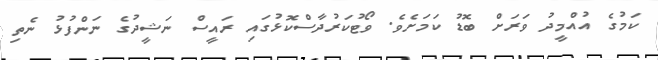
ކަމުގެ އުއްމީދު ވަރަށް ބޮޑު ކަމަށެވެ. ވޯޓުކަރުދާސްކޮޅުގައި ރައީސް ނަޝީދުގެ ނަންފުޅު ނެތި